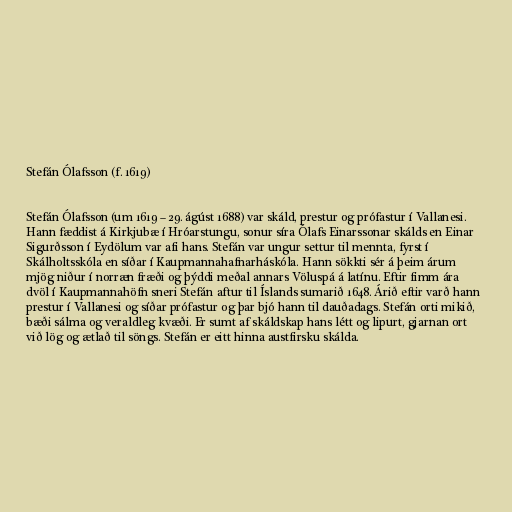
Stefán Ólafsson (f. 1619)

Stefán Ólafsson (um 1619 – 29. ágúst 1688) var skáld, prestur og prófastur í Vallanesi.
Hann fæddist á Kirkjubæ í Hróarstungu, sonur síra Ólafs Einarssonar skálds en Einar
Sigurðsson í Eydölum var afi hans. Stefán var ungur settur til mennta, fyrst í
Skálholtsskóla en síðar í Kaupmannahafnarháskóla. Hann sökkti sér á þeim árum
mjög niður í norræn fræði og þýddi meðal annars Völuspá á latínu. Eftir fimm ára
dvöl í Kaupmannahöfn sneri Stefán aftur til Íslands sumarið 1648. Árið eftir varð hann
prestur í Vallanesi og síðar prófastur og þar bjó hann til dauðadags. Stefán orti mikið,
bæði sálma og veraldleg kvæði. Er sumt af skáldskap hans létt og lipurt, gjarnan ort
við lög og ætlað til söngs. Stefán er eitt hinna austfirsku skálda.